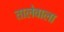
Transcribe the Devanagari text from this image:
तालेवाला